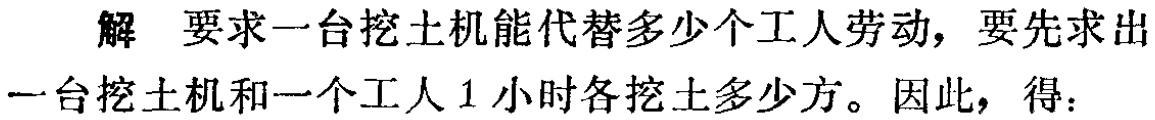
解 要求一台挖土机能代替多少个工人劳动，要先求出一台挖土机和一个工人1小时各挖土多少方。因此，得：